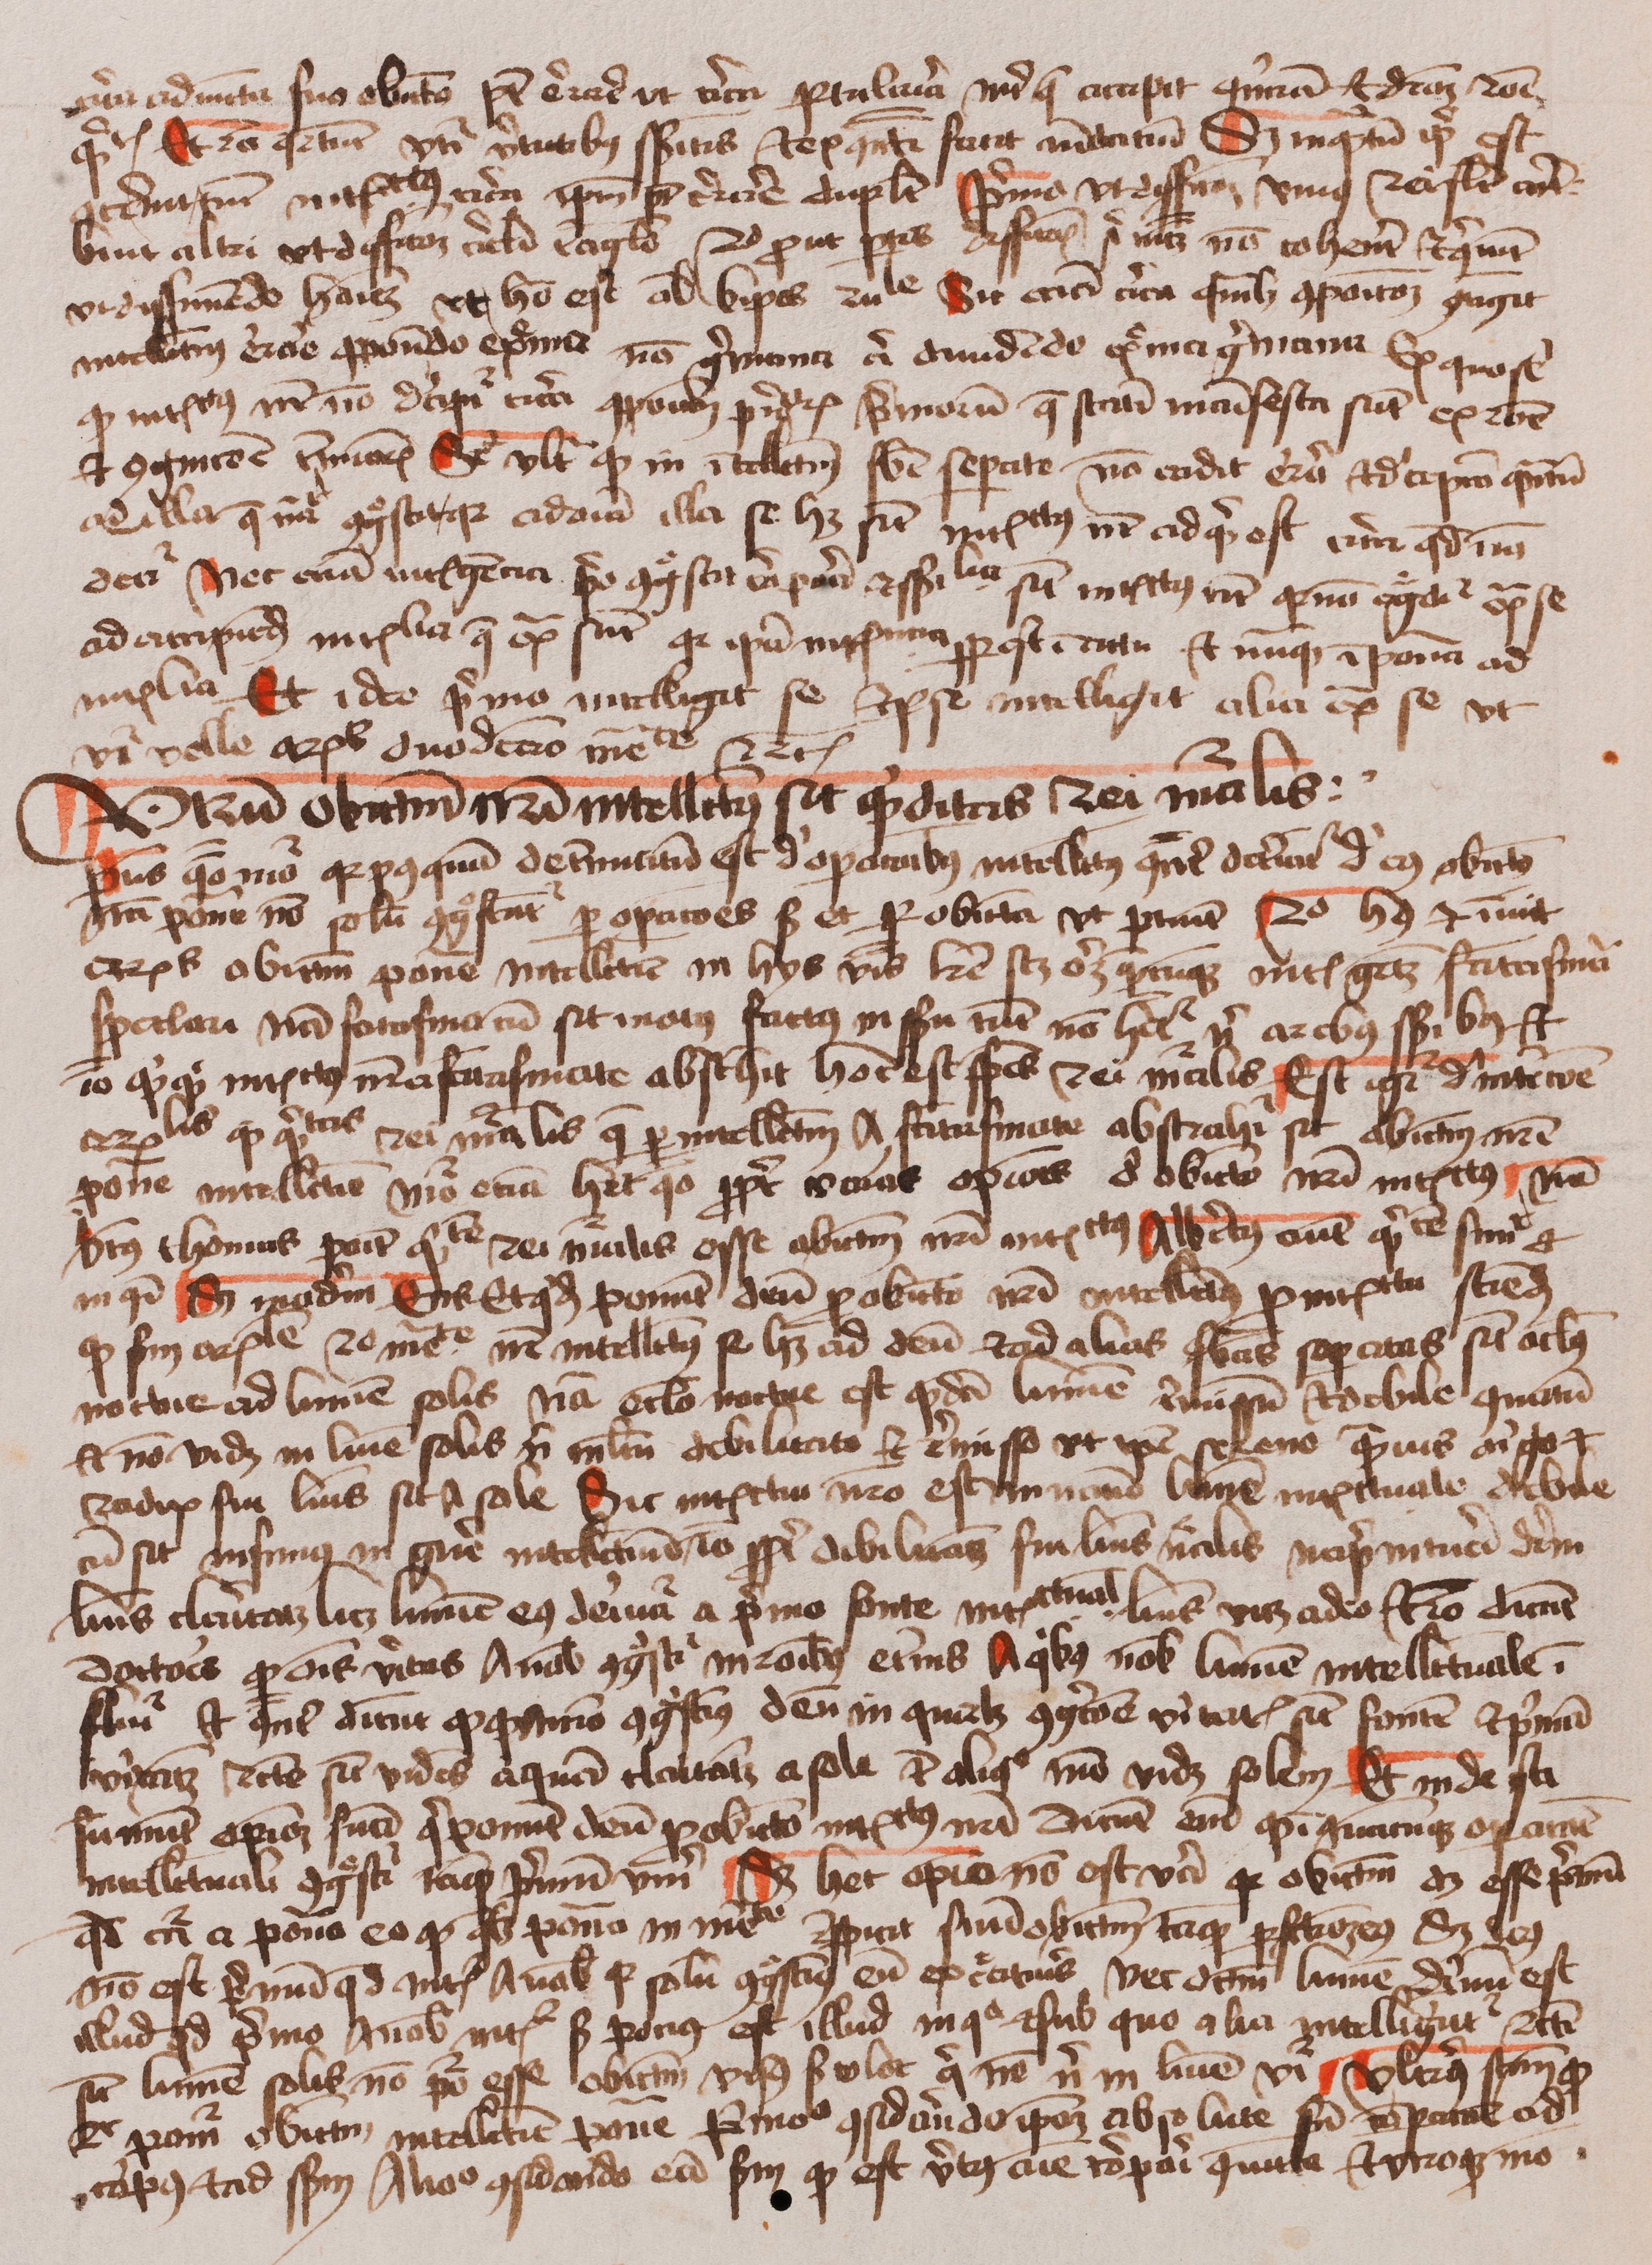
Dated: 1400–1499